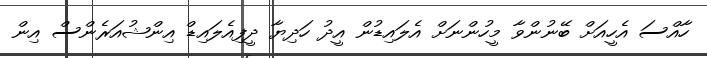
ހާއްސަ އެހީއަށް ބޭނުންވާ މީހުންނަށް އެލައިޑުން އީދު ހަދިޔާ ދީފިއެލައިޑް އިންޝުއަރެންސް އިން